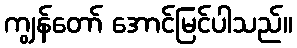
ကျွန်တော် အောင်မြင်ပါသည်။